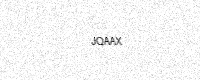
Text: JQAAX